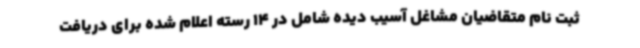
ثبت نام متقاضیان مشاغل آسیب دیده شامل در 14 رسته اعلام شده برای دریافت